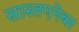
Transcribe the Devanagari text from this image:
सास्तएनेब्ल